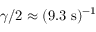
\gamma / 2 \approx ( 9 . 3 ~ \mathrm { s } ) ^ { - 1 }